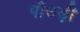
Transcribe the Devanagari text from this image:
पौउड़ी